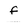
Character: f